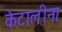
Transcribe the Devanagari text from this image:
केटालीना